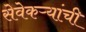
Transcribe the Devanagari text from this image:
सेवेकऱ्यांची